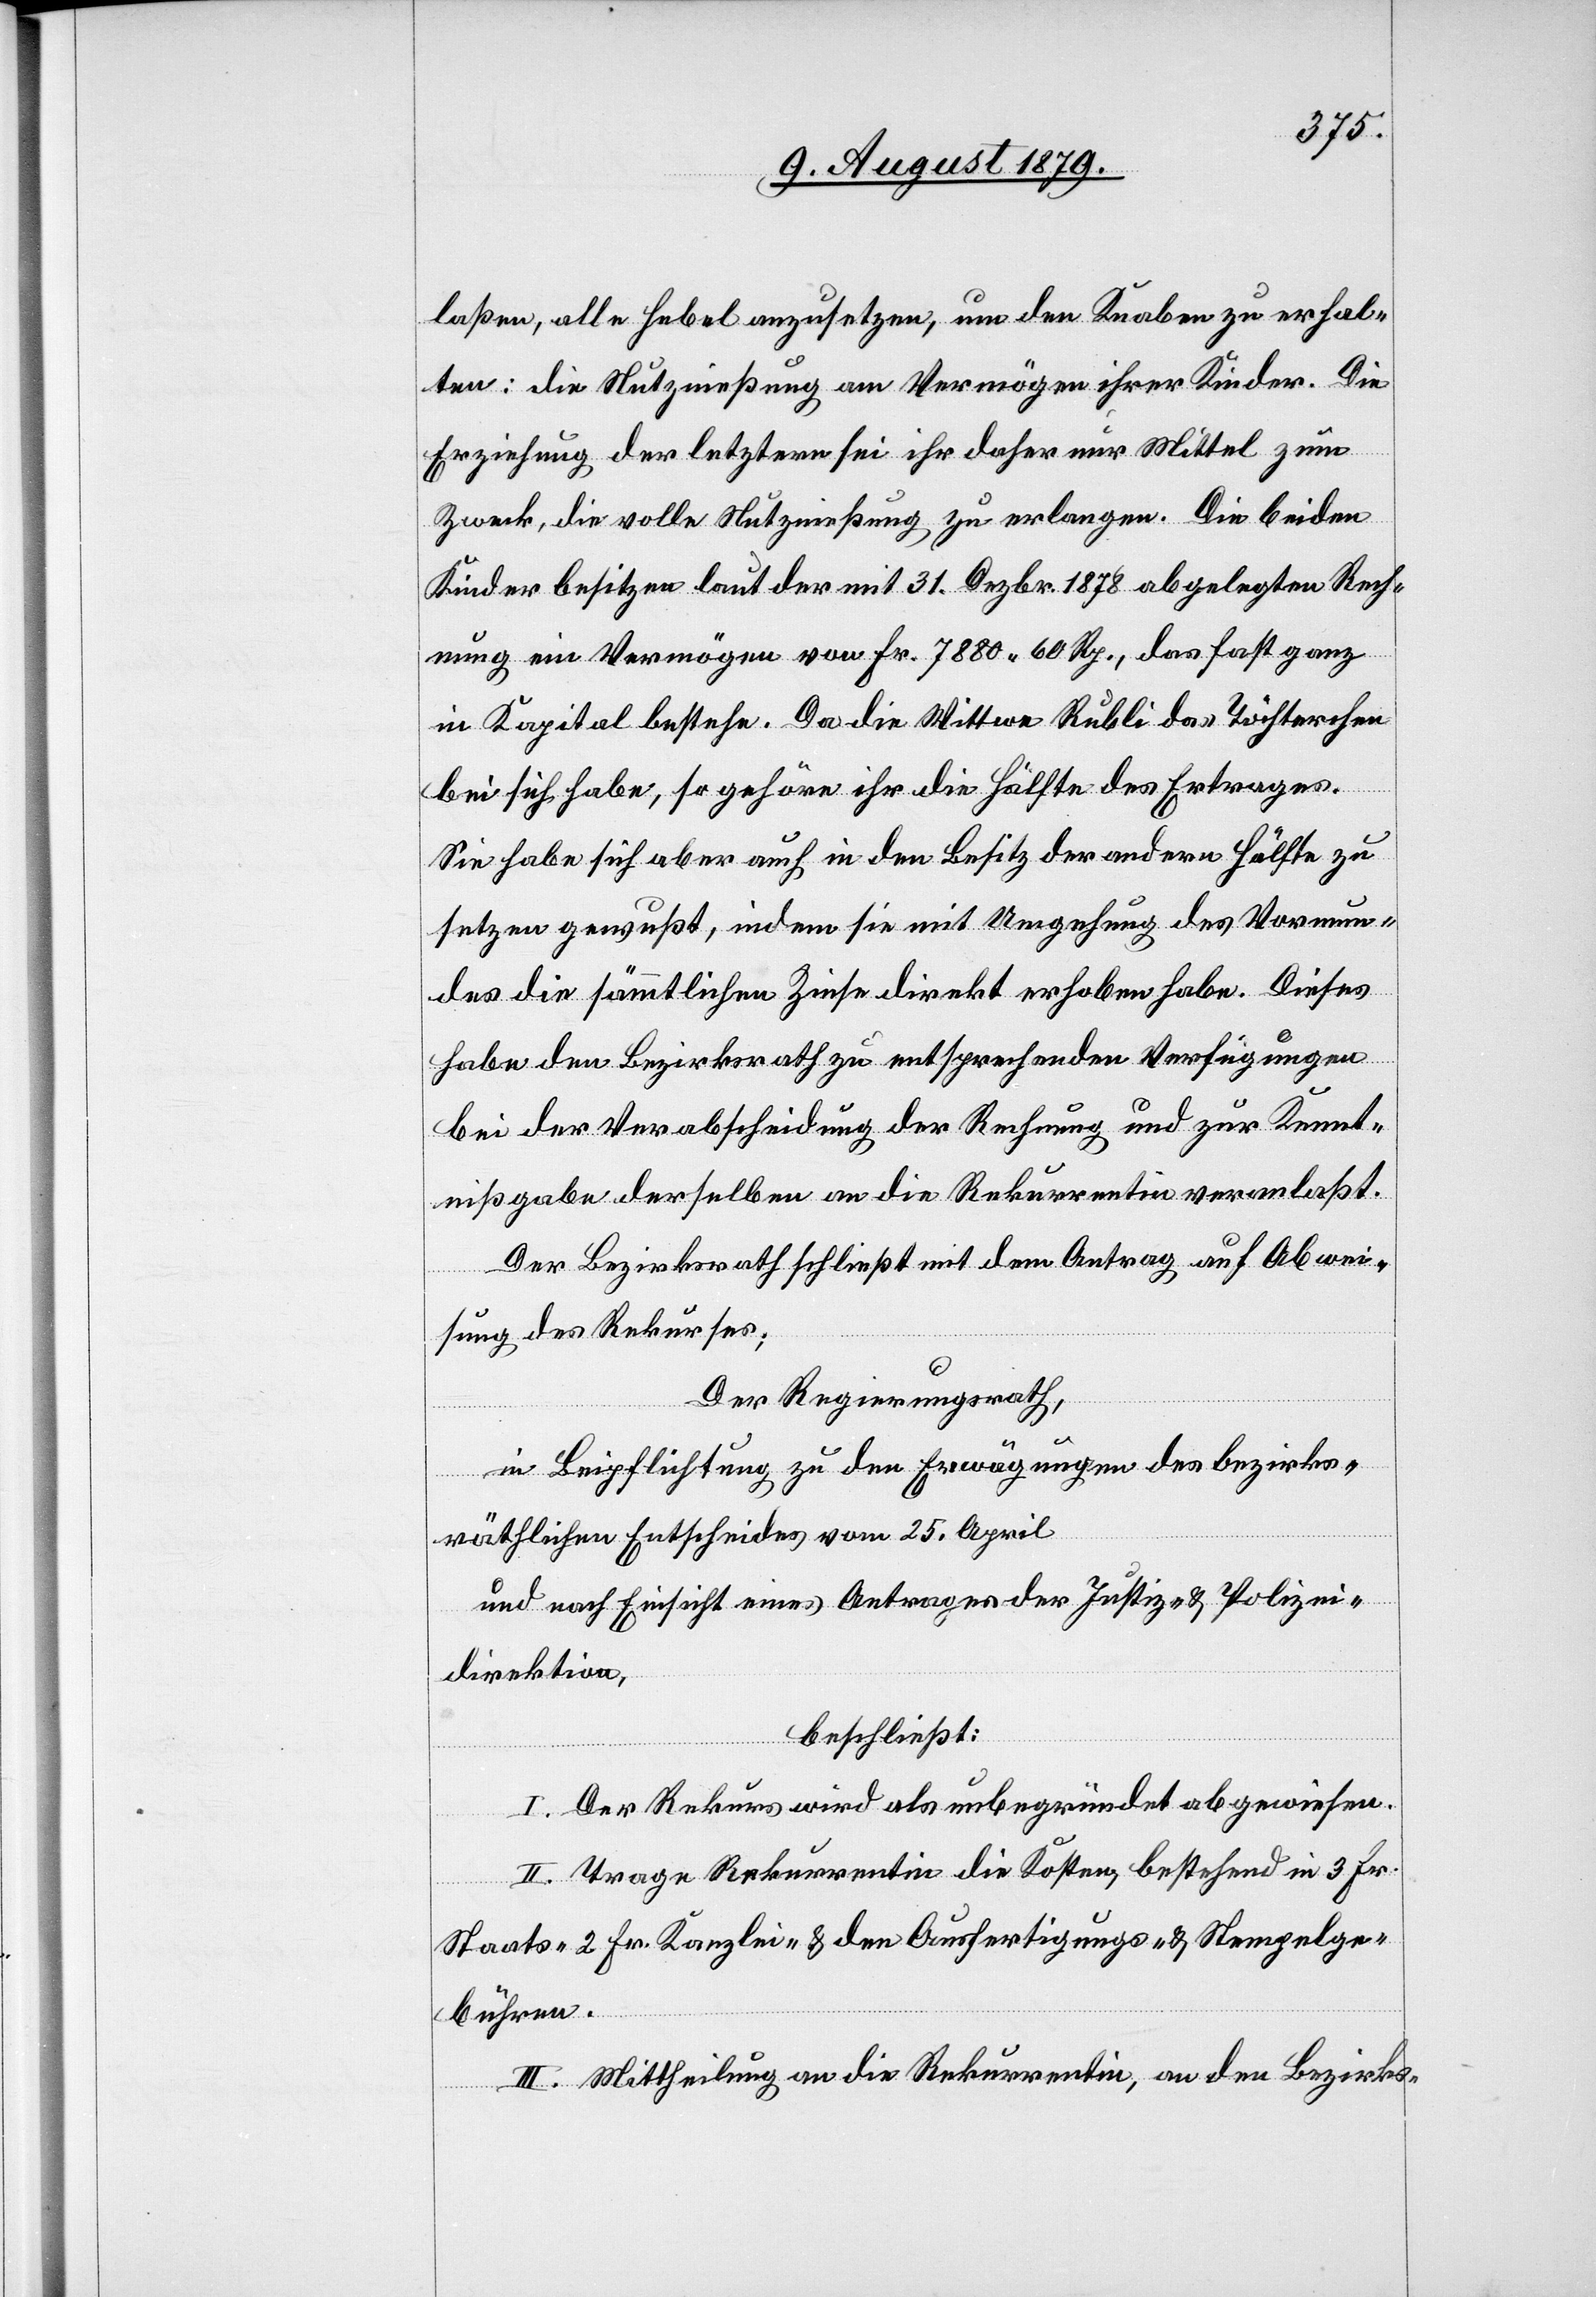
laßen, alle Hebel anzusetzen, um den Knaben zu erhal¬
ten: die Nutznießung am Vermögen ihrer Kinder. Die
Erziehung der letztern sei ihr daher nur Mittel zum
Zweck, die volle Nutznießung zu erlangen. Die beiden
Kinder besitzen laut der mit 31. Dezbr. 1878 abgelegten Rech¬
nung ein Vermögen von Fr. 7880 60 Rp., das fast ganz
in Kapital bestehe. Da die Wittwe Rubli das Töchterchen
bei sich habe, so gehöre ihr die Hälfte des Ertrages.
Sie habe sich aber auch in den Besitz der andern Hälfte zu
setzen gewußt, indem sie mit Umgehung des Vormun¬
des die sämmtlichen Zinse direkt erhoben habe. Dieses
habe dem Bezirksrath zu entsprechenden Verfügungen
bei der Verabschiedung der Rechnung und zur Kennt¬
nißgabe derselben an die Rekurrentin veranlaßt.
Der Bezirksrath schließt mit dem Antrag auf Abwei¬
sung des Rekurses;
Der Regierungsrath,
in Beipflichtung zu den Erwägungen des bezirks¬
räthlichen Entscheides vom 25. April
und nach Einsicht eines Antrages der Justiz- & Polizei¬
direktion,
beschließt:
I. Der Rekurs wird als unbegründet abgewiesen.
II. Trage Rekurrentin die Kosten, bestehend in 3 Fr.
Staats-[,] 2 Fr. Kanzlei- & den Ausfertigungs- und Stempelge¬
bühren.
III. Mittheilung an die Rekurrentin, an den Bezirks-